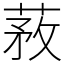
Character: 䓮